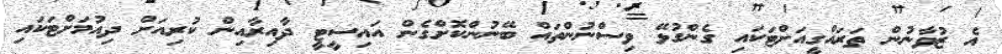
އެ ޒުވާނުން ތަރައްގީއަށްޓަކައި ގެންގުޅޭ ވިސްނުންތައް ބޭނުންކޮށްގެން އައިސީޓީ ދާއިރާއިން ކުރިއަށް ދިއުމަށްޓަކައި